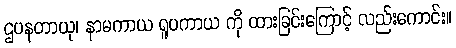
ဌပနတာယု၊ နာမကာယ ရူပကာယ ကို ထားခြင်းကြောင့် လည်းကောင်း။